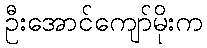
ဦးအောင်ကျော်မိုးက